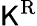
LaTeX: \mathsf{K}^{\mathrm{{R}}}